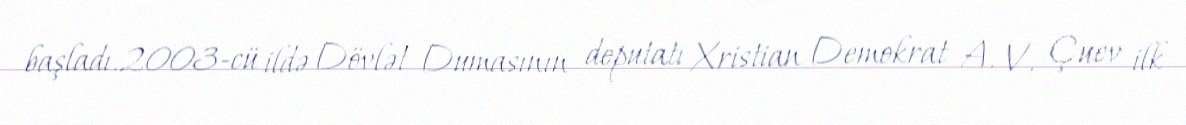
başladı.2003-cü ildə Dövlət Dumasının deputatı Xristian Demokrat A. V. Çuev ilk